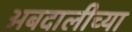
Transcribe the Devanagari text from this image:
अबदालीच्या